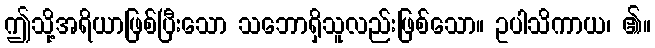
ဤသို့အရိယာဖြစ်ပြီးသော သဘောရှိသူလည်းဖြစ်သော။ ဥပါသိကာယ၊ ၏။